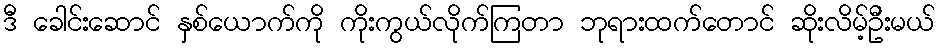
ဒီ ခေါင်းဆောင် နှစ်ယောက်ကို ကိုးကွယ်လိုက်ကြတာ ဘုရားထက်တောင် ဆိုးလိမ့်ဦးမယ်